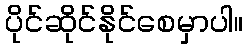
ပိုင်ဆိုင်နိုင်စေမှာပါ။